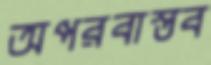
অপরবাস্তব